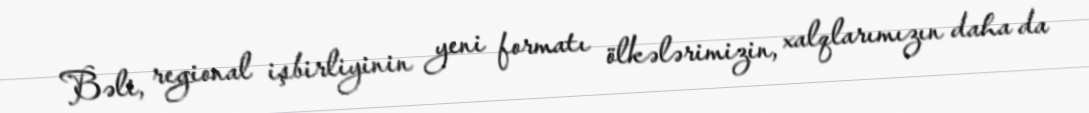
Bəli, regional işbirliyinin yeni formatı ölkələrimizin, xalqlarımızın daha da